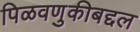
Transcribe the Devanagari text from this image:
पिळवणुकीबद्दल